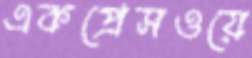
একপ্রেসওয়ে